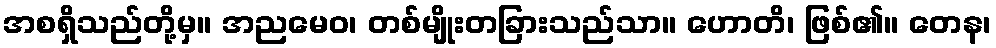
အစရှိသည်တို့မှ။ အညမေဝ၊ တစ်မျိုးတခြားသည်သာ။ ဟောတိ၊ ဖြစ်၏။ တေန၊